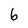
Character: 6